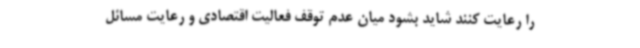
را رعایت کنند شاید بشود میان عدم توقف فعالیت اقتصادی و رعایت مسائل